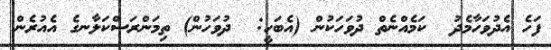
ފަހެ އެދުވަހާމެދު  ކަމެއްނެތް ދުވަހަކުން (އެބަހީ:  ދުވަހުން) ތިމަންރަސްކަލާނގެ އެއުރެން